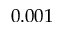
0 . 0 0 1